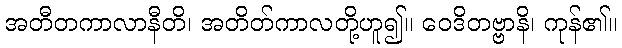
အတီတကာလာနီတိ၊ အတိတ်ကာလတို့ဟူ၍။ ဝေဒိတဗ္ဗာနိ၊ ကုန်၏။